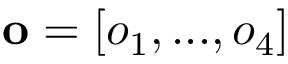
\mathbf { o } = [ o _ { 1 } , . . . , o _ { 4 } ]